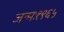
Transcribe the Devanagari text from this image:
जन्मः१९६५